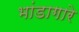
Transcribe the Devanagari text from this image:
भांडागारे